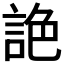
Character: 𧧘